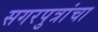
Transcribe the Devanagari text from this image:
सगरपुत्रांचा